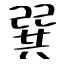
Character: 巽